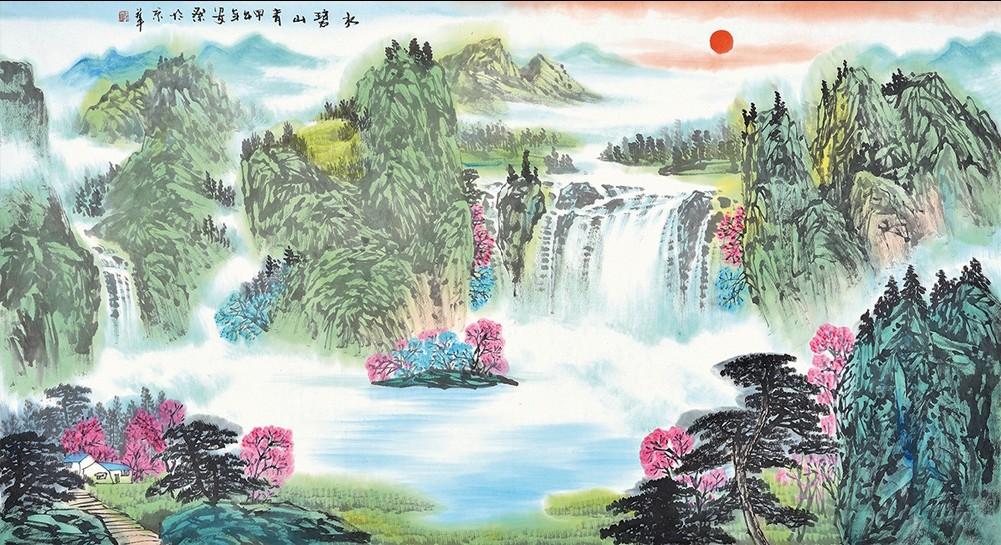
碧水丹山映杖藜，夕阳犹在小桥西。